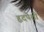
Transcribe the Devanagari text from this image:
हृदपेशी